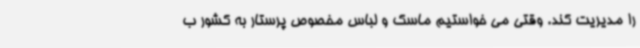
را مدیریت کند. وقتی می خواستیم ماسک و لباس مخصوص پرستار به کشور ب